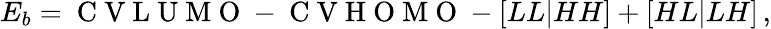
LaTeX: E_{b}=\mathrm{~C~V~L~U~M~O~}-\mathrm{~C~V~H~O~M~O~}-[LL\vert HH]+[HL\vert LH]\, ,